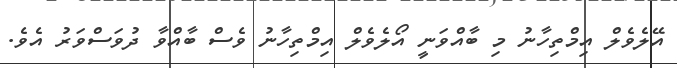
އޭލެވެލް އިމްތިހާނު މި ބާއްވަނީ އޯލެވެލް އިމްތިހާނު ވެސް ބާއްވާ ދުވަސްވަރު އެވެ.